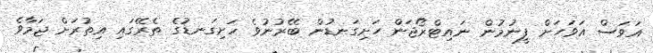
އަވަސް އަވަހަށް ފީނުމުން ނައިޓްރޯޖަން ހަށިގަނޑުން ބޭރުނުވެ ހަށިގަނޑުގެ ތެރޭގައި އިތުރަށް ޖަމާވެ